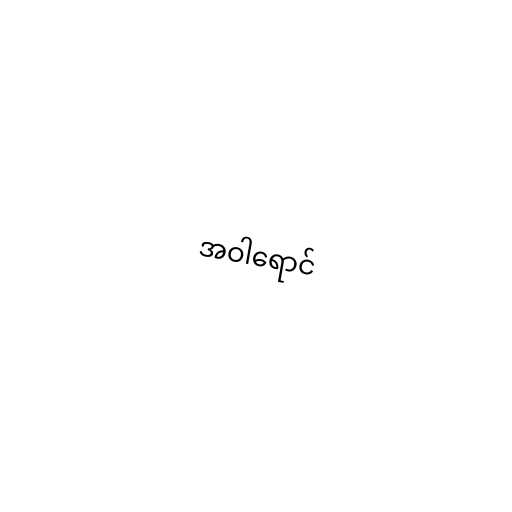
အဝါရောင်